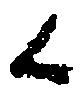
候